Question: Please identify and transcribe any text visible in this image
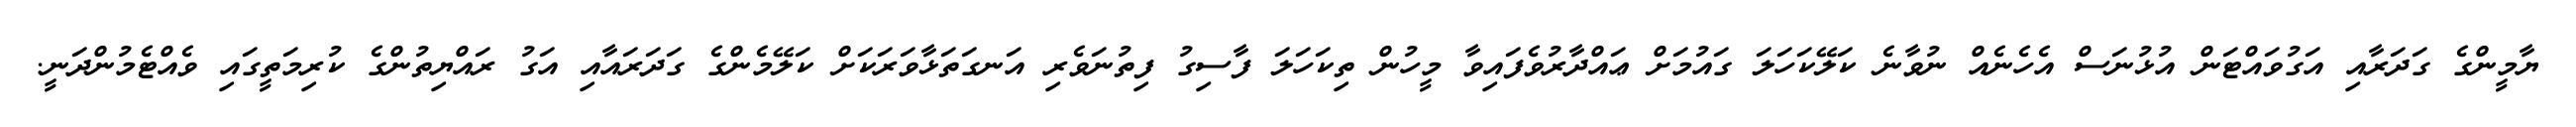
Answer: ޔާމީންގެ ގަދަރާއި އަގުވައްޓަން އުޅުނަސް އެހެނެއް ނުވާނެ ކަލޭކަހަލަ ގައުމަށް ޢައްދާރުވެފައިވާ މީހުން ތިކަހަލަ ފާސިގު ފިތުނަވެރި އަނގަތަޅާވަރަކަށް ކަލޭމެންގެ ގަދަރައާއި އަގު ރައްޔިތުންގެ ކުރިމަތީގައި ވެއްޓެމުންދަނީ.